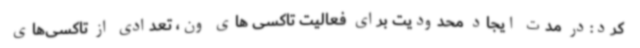
کرد:در مدت ایجاد محدودیت برای فعالیت تاکسی های ون، تعدادی از تاکسی‌های